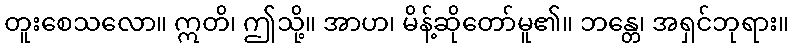
တူးစေသလော။ ဣတိ၊ ဤသို့။ အာဟ၊ မိန့်ဆိုတော်မူ၏။ ဘန္တေ၊ အရှင်ဘုရား။